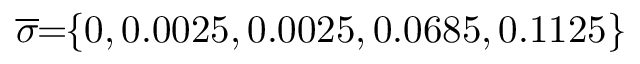
\! \! \! \overline { { \sigma } } \! \! = \! \! \{ 0 , 0 . 0 0 2 5 , 0 . 0 0 2 5 , 0 . 0 6 8 5 , 0 . 1 1 2 5 \} \! \! \!